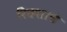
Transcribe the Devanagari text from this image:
रिक्शाचे